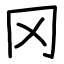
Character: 冈